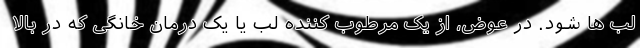
لب ها شود. در عوض، از یک مرطوب کننده لب یا یک درمان خانگی که در بالا